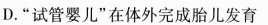
D.“试管婴儿”在体外完成胎儿发育